system: You are a helpful assistant.
user:
Analyze the provided spectrum to determine if it is a **M-type Giant (gM)**.

A M-type Giant spectrum is defined by its **strong molecular absorption** features, particularly from **Titanium Oxide (TiO)**. You must check for one of the following mutually exclusive signatures:

- **Key Visual Indicators (Absorption-Dominated Spectrum):**

    - **(Primary):** The spectrum is dominated by strong molecular absorption from **Titanium Oxide (TiO)**. This is the **defining feature** of its M-type temperature class.
        - **(Key Bandheads):** Look for sharp, "saw-tooth" absorption valleys. The strongest are located near **~7050 Å**, **~6160 Å**, and **~5170 Å**.
        - **(Line Profile):** The "saw-tooth" morphology is critical: a **sharp, steep drop on the BLUE (short-wavelength) side** of the bandhead, followed by a gradual recovery (rising flux) towards the RED (long-wavelength) side.

    - **(Key Confirmation - Giant vs. Dwarf):** **ABSENCE** of strong **Calcium Hydride (CaH)** molecular bands. This is the primary diagnostic for *excluding* M-dwarfs.
        - **(Key Region):** The spectrum should lack the strong, broad absorption band seen in dwarfs between **~6800 Å and ~7000 Å**.

    - **(Secondary Confirmation - Giant):** A very strong and broad **Neutral Calcium (Ca I)** atomic absorption line.
        - **(Key Line):** Located at **~4226 Å**. In a giant (gM), this line is significantly deeper and broader than the same line in an M-dwarf (dM) due to low surface gravity.

    - **(Overall Spectrum):**
        - The continuum is **extremely red-sloping** (i.e., flux is very low in the blue and rises dramatically towards the red).
        - The entire spectrum appears "chopped up" by the deep TiO bands.

Think first, call **spectral_visualization_tool** if needed to examine features in detail, then provide your final answer. Your response must adhere to the following strict rules:
1.  **Overall Structure:** Your response must follow the format `<think>...</think> <tool_call>...</tool_call> (if a tool is used) <answer>...</answer>`.
2.  **Tool Usage Constraint:** You may only make **one** tool call per turn.
3.  **Final Answer Format:** In the `<answer>` tag, your conclusion must be inside a `\boxed{}` command (e.g., `\boxed{YES}` or `\boxed{NO}`), followed by your justification.

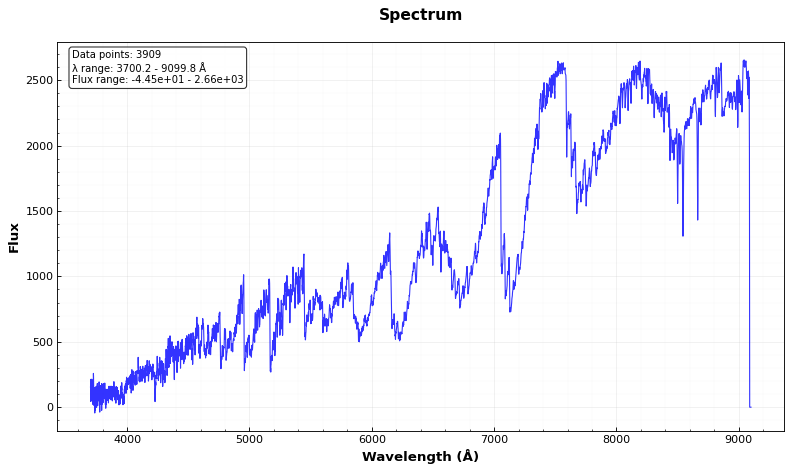
Answer: YES